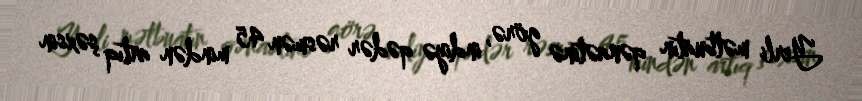
Yerli mətbuatın qənaətinə görə, indiyə qədər rəsmən 45 mindən artıq şəxsin